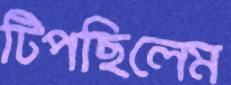
টিপছিলেম